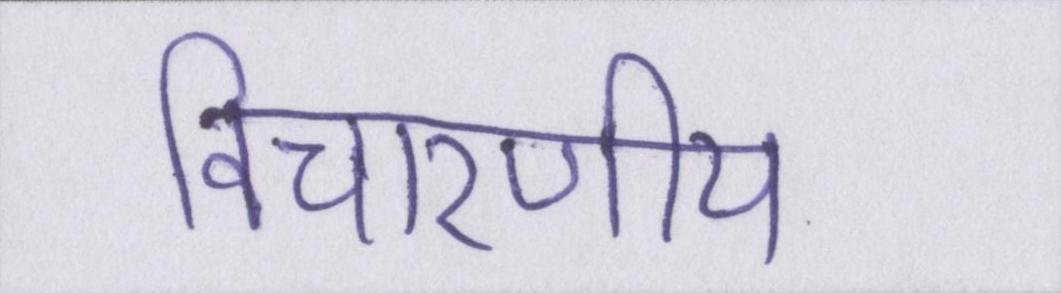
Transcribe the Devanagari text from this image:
विचारणीय